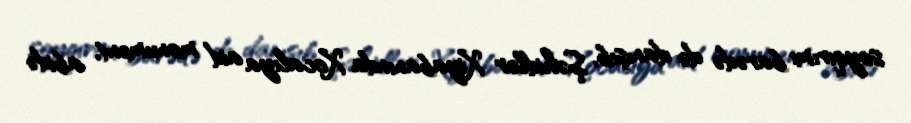
soyqırımı barədə də danışıb, Şəhidlər Xiyabanında Xocalıya aid monument, abidə